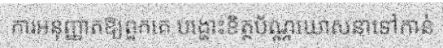
ការអនុញ្ញាតឱ្យពួកគេ បង្ហោះខិត្តប័ណ្ណឃោសនាទៅកាន់